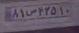
۸۱ص۴۳۵۱۰